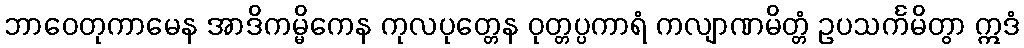
ဘာဝေတုကာမေန အာဒိကမ္မိကေန ကုလပုတ္တေန ဝုတ္တပ္ပကာရံ ကလျာဏမိတ္တံ ဥပသင်္ကမိတွာ ဣဒံ